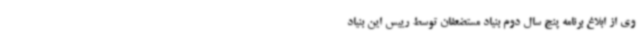
وی از ابلاغ برنامه پنج سال دوم بنیاد مستضعفان توسط رییس این بنیاد